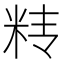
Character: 𰪱